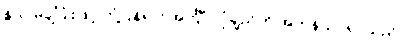
နွယ် မချိပြုံးဖြင့် တုံ့ပြန်ရင်း အင်္ကျီ၊ လုံချည်ကို အတန်သပ်ရပ်သည်။